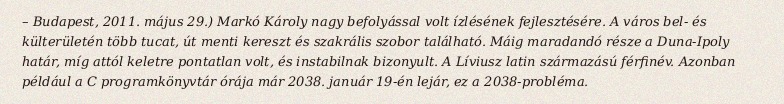
– Budapest, 2011. május 29.) Markó Károly nagy befolyással volt ízlésének fejlesztésére. A város bel- és külterületén több tucat, út menti kereszt és szakrális szobor található. Máig maradandó része a Duna-Ipoly határ, míg attól keletre pontatlan volt, és instabilnak bizonyult. A Líviusz latin származású férfinév. Azonban például a C programkönyvtár órája már 2038. január 19-én lejár, ez a 2038-probléma.